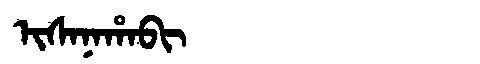
Manchu: ᡳᠰᠠᠨᠠᡥᠠᠪᡳ
Romanization: ISANAHABI